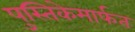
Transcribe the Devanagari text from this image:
पुस्तिकेमार्फत